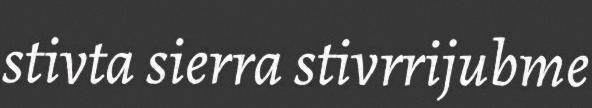
stivta sierra stivrrijubme